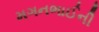
મગનભાઈની